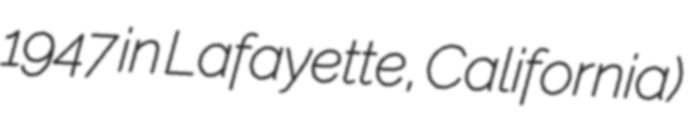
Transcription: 1947 in Lafayette, California)